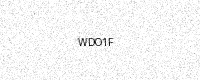
Text: WDO1F